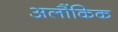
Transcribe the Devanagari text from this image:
अलौंकिक